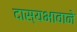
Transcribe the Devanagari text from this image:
दास्यभावाने